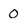
Character: O